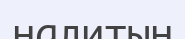
налитын